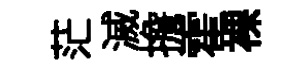
茫滅擔霍裸